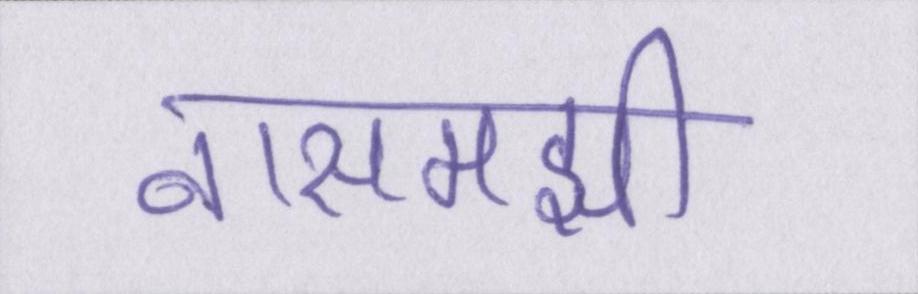
नासमझी